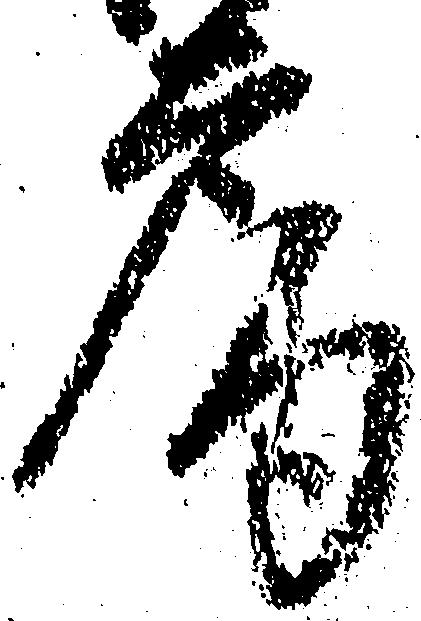
房